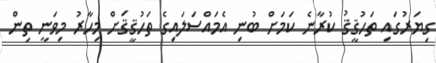
ގިޔަރުގައި ތަހުޤީޤު ކުރާނެ ކަމަށް ބުނި އެމައްސަލައިގެ ތަހުޤީޤަށް މިހާރު މިވަނީ ތިން